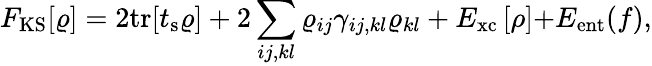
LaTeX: \begin{array}{l}{{\displaystyle F_{\mathrm{KS}}[\varrho]=2\mathrm{tr}[t_{\mathrm{s}}\varrho]+2\sum_{ij,kl}\varrho_{ij}\gamma_{ij,kl}\varrho_{kl}+E_{\mathrm{xc}}\left[\rho\right]}{\displaystyle+E_{\mathrm{ent}}(f)},}\end{array}